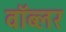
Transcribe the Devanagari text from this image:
वॉब्लर